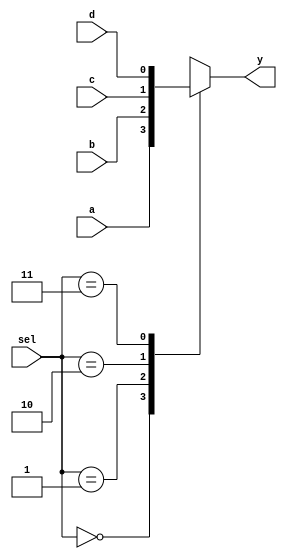
module bit1mux41(a,b,c,d,sel,y);
	input a,b,c,d;
	input [1:0] sel;
	output reg y;
	
	always@(*) begin
		case(sel)
		2'b00: y=a;
		2'b01: y=b;
		2'b10: y=c;
		2'b11: y=d;
		endcase
	end
endmodule